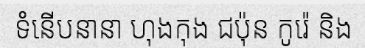
ទំនើបនានា ហុងកុង ជប៉ុន កូរ៉េ និង